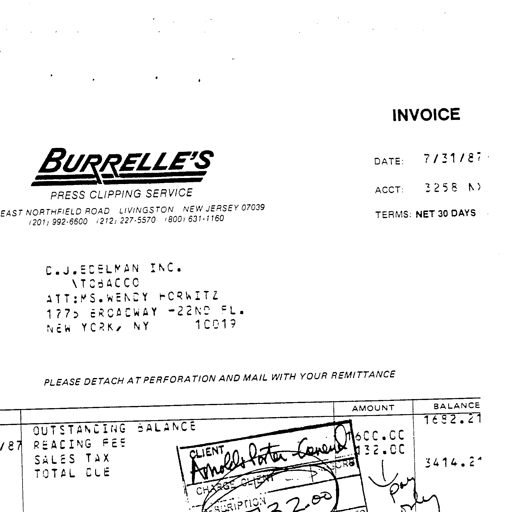
INVOICE
BURRELLE'S
PRESS CLIPPING SERVICE
DATE: 7/31/87
ACCT: 3258 NY
EAST NORTHFIELD ROAD LIVINGSTON NEW JERSEY 07039
(201) 992-6600 (212) 227-5570 (800) 631-1160
TERMS: NET 30 DAYS
D.J.EDELMAN INC.
/TOBACCO
ATT:MS.WENDY HORWITZ
1775 BROADWAY -22ND FL.
NEW YORK, NY 10019
PLEASE DETACH AT PERFORATION AND MAIL WITH YOUR REMITTANCE
AMOUNT BALANCE
OUTSTANDING BALANCE 1692.21
READING FEE 1600.00
SALES TAX 132.00
TOTAL DUE 3424.21
CLIENT Arnold & Porter - Camel
CHARGE CLIENT PRC RB
DESCRIPTION
73200
pay
only